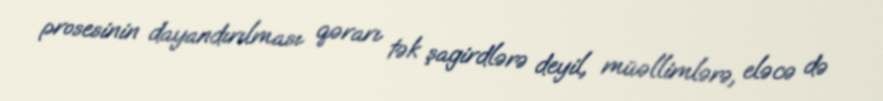
prosesinin dayandırılması qərarı tək şagirdlərə deyil, müəllimlərə, eləcə də